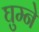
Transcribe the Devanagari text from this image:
घुम्ने